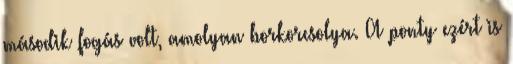
második fogás volt, amolyan borkorcsolya. A ponty ezért is